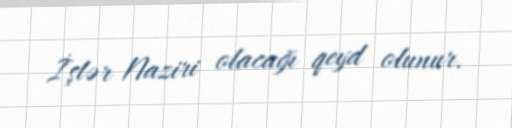
İşlər Naziri olacağı qeyd olunur.